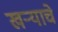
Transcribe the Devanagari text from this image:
खऱ्याचे